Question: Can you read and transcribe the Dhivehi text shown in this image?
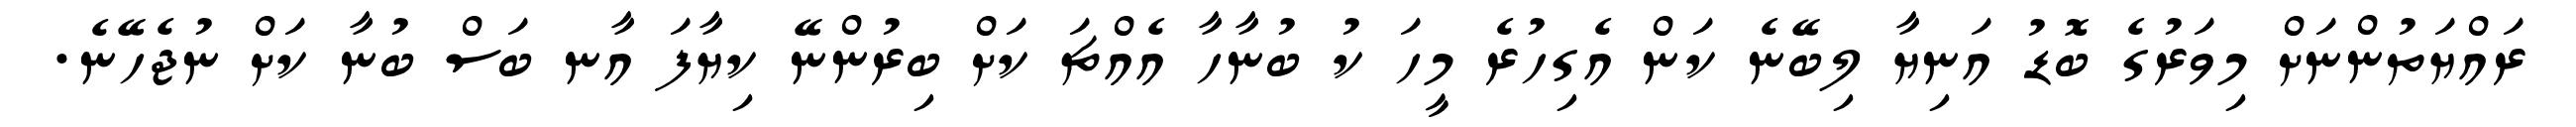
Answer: ރައްޔަތުންނަށް މިވަރުގެ ބޮޑު އަނިޔާ ލިބޭނެ ކަން އެގިހުރެ މީހަ ކު ބުނާހާ އެއްޗަ ކަށް ބިރުންނޭ ކިޔާފަ އާނ ބަސް ބުނާ ކަށް ނުޖެހޭނެ.